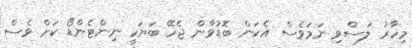
މިހާރު ލަސްވި ނަމަވެސް އެކަން ބޮޑުވާން ޖެހޭ ބަޔަކީ ނިންޓެންޑޯ ކަށް ވެސް